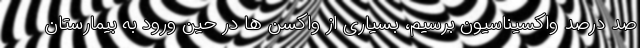
صد درصد واکسیناسیون برسیم، بسیاری از واکسن ها در حین ورود به بیمارستان